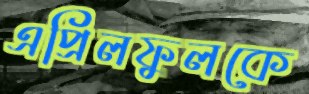
এপ্রিলফুলকে